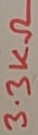
Text: 3.3KΩ